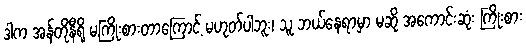
ဒါက အန်တိုနီရို မကြိုးစားတာကြောင့် မဟုတ်ပါဘူး၊ သူ ဘယ်နေရာမှာ မဆို အကောင်းဆုံး ကြိုးစား